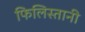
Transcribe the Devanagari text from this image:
फिलिस्तानी